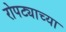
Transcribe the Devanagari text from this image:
रोपट्याच्या